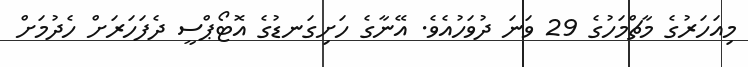
މިއަހަރުގެ މާޗްމަހުގެ 29 ވަނަ ދުވަހުއެވެ. އޭނާގެ ހަށިގަނޑުގެ އޮޓޯޕްސީ ދެފަހަރަށް ހެދުމަށް